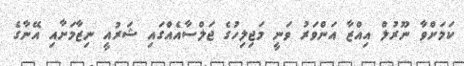
ކަމަށްވާ ނޫރުލް އިއްޒާ އަންވަރު ވަނީ މަޖިލިހުގެ ޖަލްސާއެއްގައި ޝަރުއީ ނިޒާމަށާއި އޭނާގެ